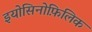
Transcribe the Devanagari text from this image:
इयोसिनोफ़िलिक